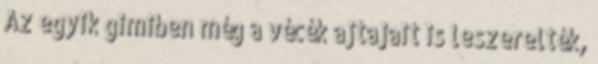
Az egyik gimiben még a vécék ajtajait is leszerelték,